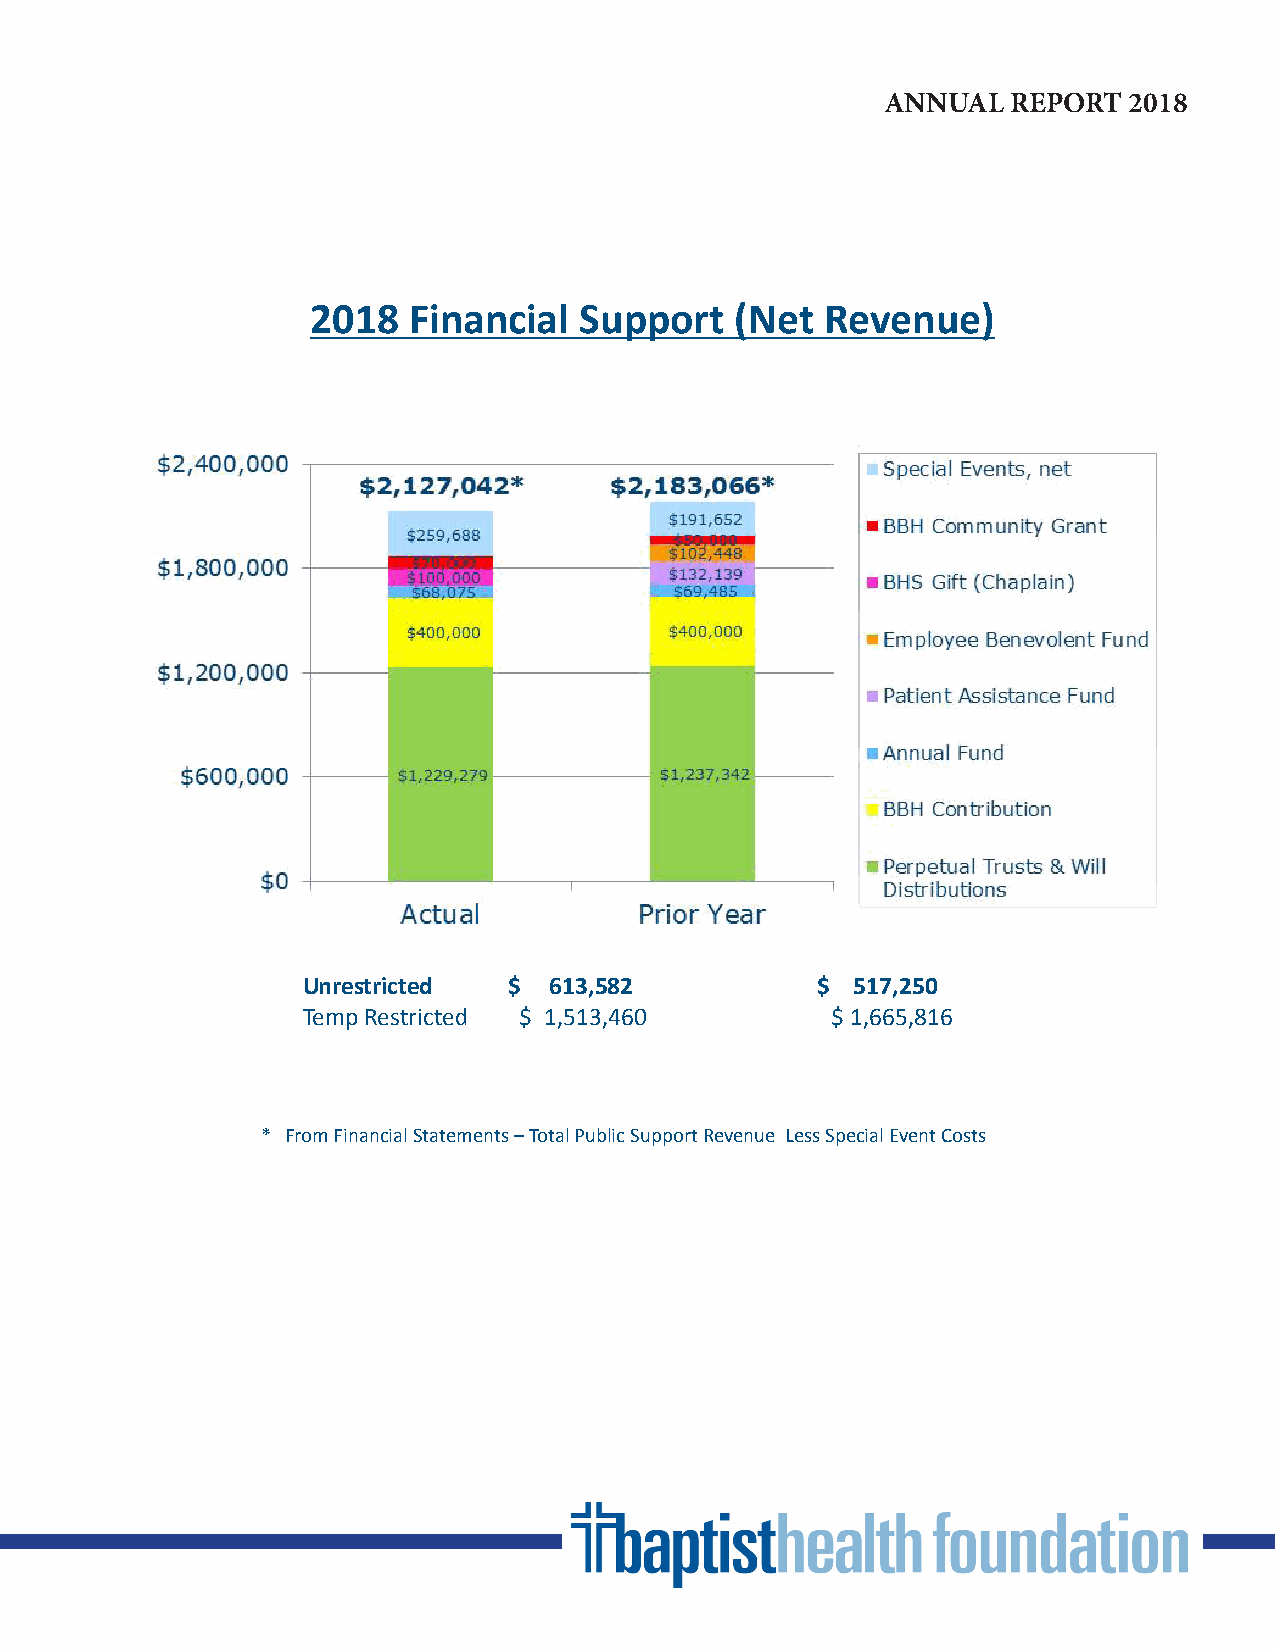
ANNUAL  REPORT  2018
 2018  Financial  Support    (Net  Revenue)
 Unrestricted  $ 613,582           $  517,250
 Temp Restricted $ 1,513,460        $ 1,665,816
 * From Financial Statements – Total Public Support Revenue Less Special Event Costs